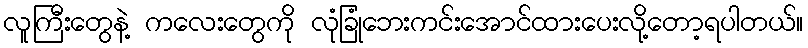
လူကြီးတွေနဲ့ ကလေးတွေကို လုံခြုံဘေးကင်းအောင်ထားပေးလို့တော့ရပါတယ်။